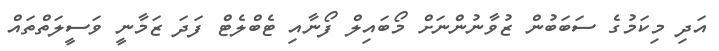
އަދި މިކަމުގެ ސަބަބުން ޒުވާނުންނަށް މޯބައިލް ފޯނާއި ޓެބްލެޓް ފަދަ ޒަމާނީ ވަސީލަތްތައް